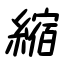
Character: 縮